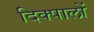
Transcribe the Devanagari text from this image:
दिक्पालों